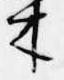
木